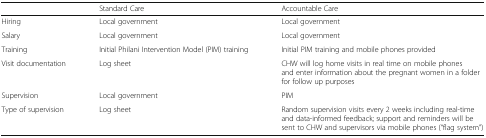
<table><thead><tr><td></td><td><b>Standard Care</b></td><td><b>Accountable Care</b></td></tr></thead><tbody><tr><td>Hiring</td><td>Local government</td><td>Local government</td></tr><tr><td>Salary</td><td>Local government</td><td>Local government</td></tr><tr><td>Training</td><td>Initial Philani Intervention Model (PIM) training</td><td>Initial PIM training and mobile phones provided</td></tr><tr><td>Visit documentation</td><td>Log sheet</td><td>CHW will log home visits in real time on mobile phones and enter information about the pregnant women in a folder for follow up purposes</td></tr><tr><td>Supervision</td><td>Local government</td><td>PIM</td></tr><tr><td>Type of supervision</td><td>Log sheet</td><td>Random supervision visits every 2 weeks including real-time and data-informed feedback; support and reminders will be sent to CHW and supervisors via mobile phones (“flag system”)</td></tr></tbody></table>